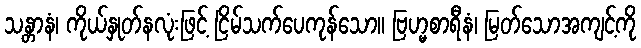
သန္တာနံ၊ ကိုယ်နှုတ်နလုံးဖြင့် ငြိမ်သက်ပေကုန်သော။ ဗြဟ္မစာရီနံ၊ မြတ်သောအကျင့်ကို